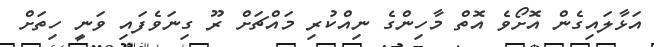
އަޅާލައިގެން އޮށޯވެ އޮތް މާހިންގެ ނިއްކުރި މައްޗަށް ރޫ ގިނަވެފައި ވަނީ ހިތަށް